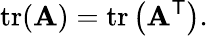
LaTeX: \operatorname{tr}(\mathbf{A})=\operatorname{tr}\left(\mathbf{A}^{\mathsf{T}}\right).